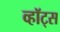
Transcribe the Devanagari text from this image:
व्हॉट्स